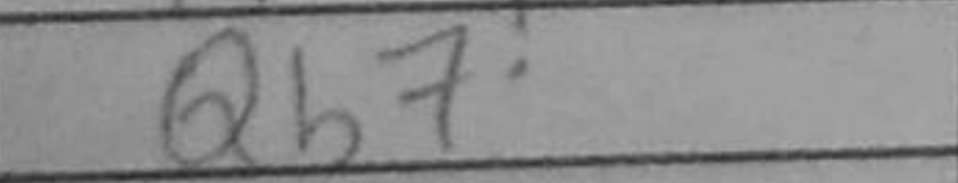
Transcription: Qb7